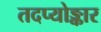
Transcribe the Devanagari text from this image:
तदप्योङ्कार